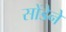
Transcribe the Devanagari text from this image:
सोंडेने